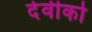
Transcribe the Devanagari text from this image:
देवीको